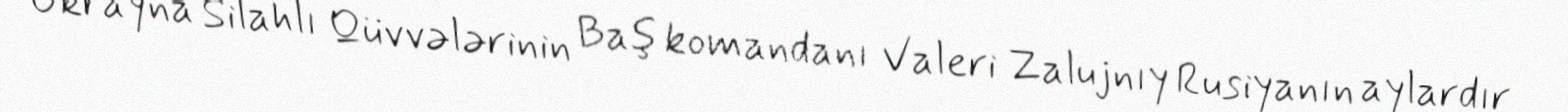
Ukrayna Silahlı Qüvvələrinin Baş komandanı Valeri Zalujnıy Rusiyanın aylardır